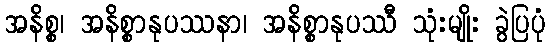
အနိစ္စ၊ အနိစ္စာနုပဿနာ၊ အနိစ္စာနုပဿီ သုံးမျိုး ခွဲပြပုံ